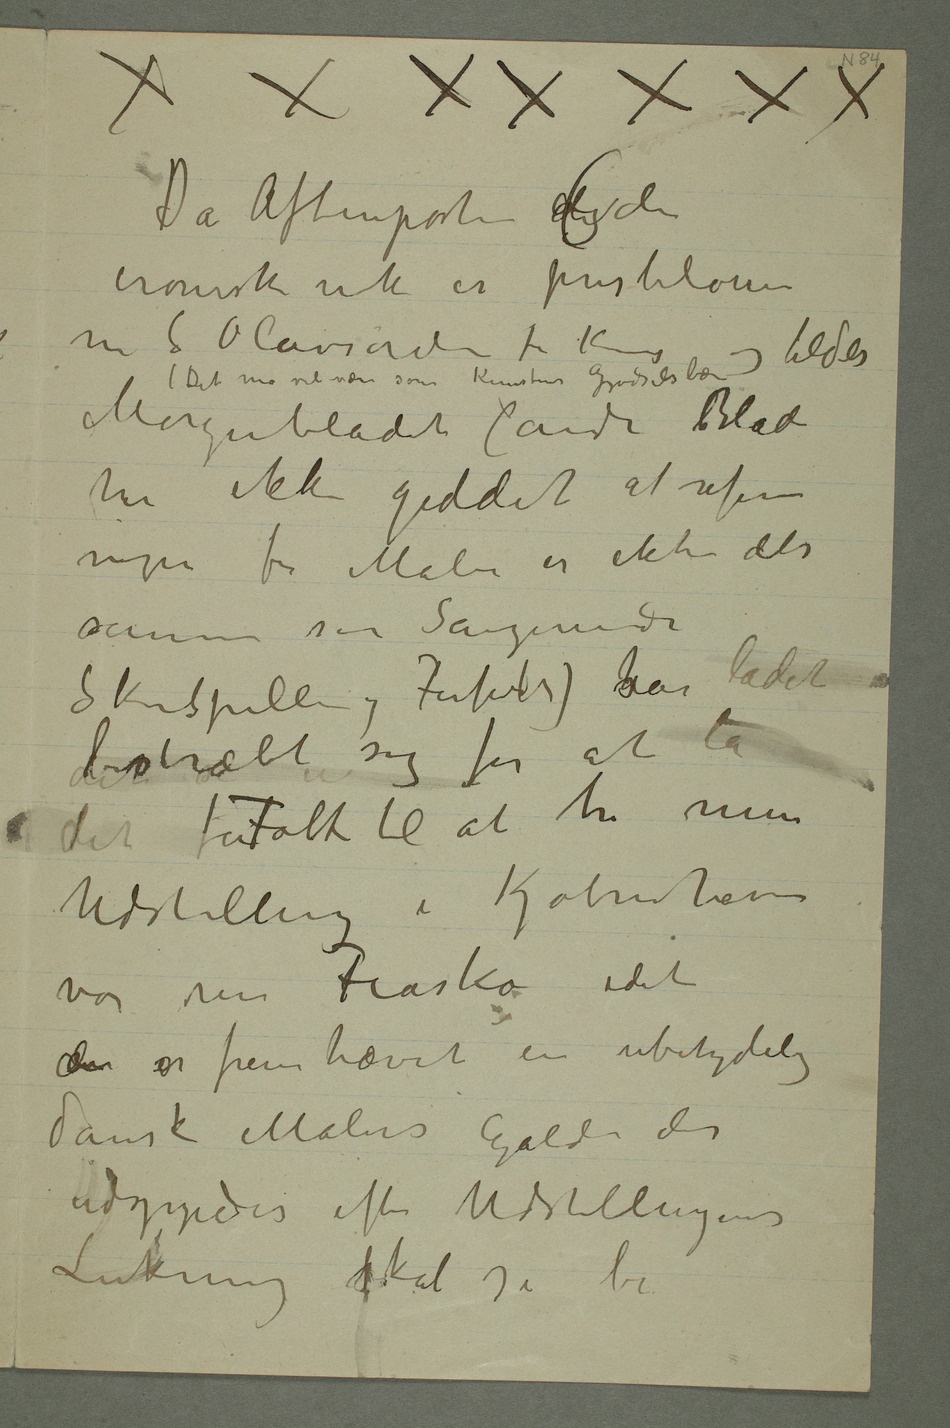
Da Aftenposten der
ironisk nok er prisbelønnet
med S Olavs orden for Kunst
og bilder (Det må vel være som Kunstens gjødselsbærer)
Morgenbladet (andre bBlad
har ikke giddet at referere
nogen for Maler er ikke det
samme som Sangerinde
Skuespiller og Forfater) shar ladet det
bestræbt sig for at
la det foFolk til at tro min
Udstilling i Kjøbenhavn
var ren Fiasko idet
der er fremhævet en ubetydelig
dansk Malers Galde der
udgyedes efter Udstillingens
Lukning skal jeg be